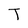
Character: T